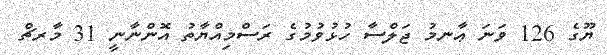
ޔޫގެ 126 ވަނަ ޢާނމު ޖަލްސާ ހުޅުވުމުގެ ރަސްމިއްޔާތު އޮންނާނީ 31 މާރޗް